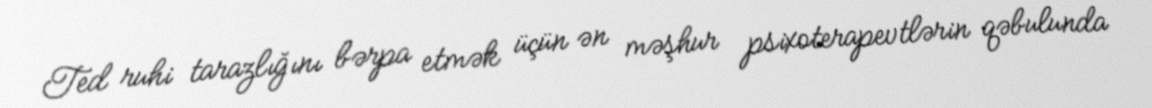
Ted ruhi tarazlığını bərpa etmək üçün ən məşhur psixoterapevtlərin qəbulunda